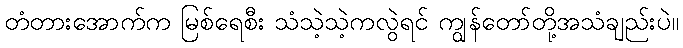
တံတားအောက်က မြစ်ရေစီး သံသဲ့သဲ့ကလွဲရင် ကျွန်တော်တို့အသံချည်းပဲ။